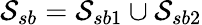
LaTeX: \mathcal{S}_{sb}=\mathcal{S}_{sb1}\cup\mathcal{S}_{sb2}